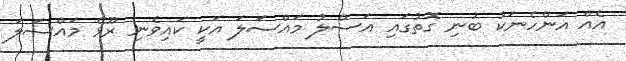
އެއް އަންހެނަކު ބުނި ގޮތުގައި އަސްލު މައްސަލަ އަކީ ކައިވެނި ރޫޅޭ މައްސަލަ